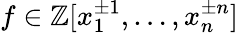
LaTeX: f\in\mathbb{Z}[x_{1}^{\pm 1},\dots,x_{n}^{\pm n}]